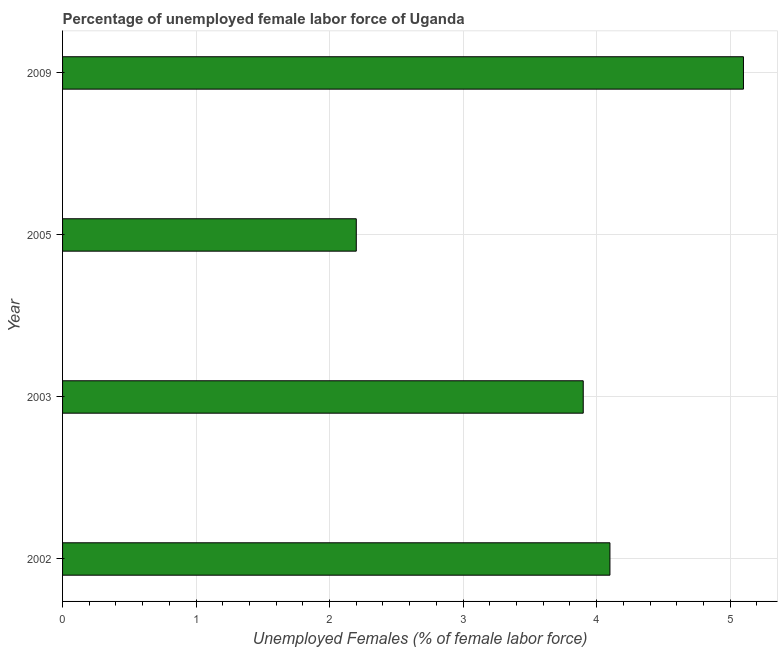
| Year | Unemployment female |
 | --- | --- |
 | 2002 | 4.1 |
 | 2003 | 3.9 |
 | 2005 | 2.2 |
 | 2009 | 5.1 |